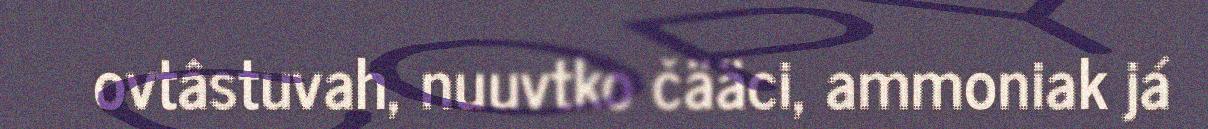
ovtâstuvah, nuuvtko čääci, ammoniak já